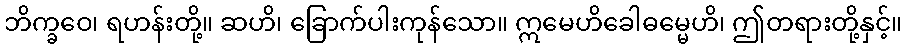
ဘိက္ခဝေ၊ ရဟန်းတို့။ ဆဟိ၊ ခြောက်ပါးကုန်သော။ ဣမေဟိခေါဓမ္မေဟိ၊ ဤတရားတို့နှင့်။